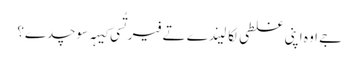
‏ جے اوہ اپنی غلطی لکا لیندے تے فیر تُسی کیہہ سوچدے؟